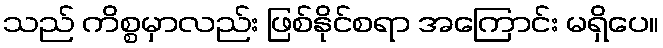
သည် ကိစ္စမှာလည်း ဖြစ်နိုင်စရာ အကြောင်း မရှိပေ။